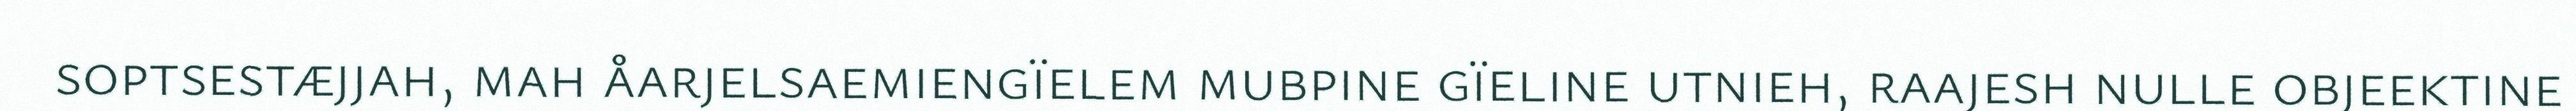
soptsestæjjah, mah åarjelsaemiengïelem mubpine gïeline utnieh, raajesh nulle objeektine